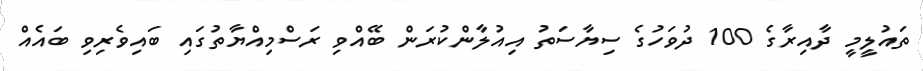
ތައުލީމީ ދާއިރާގެ 100 ދުވަހުގެ ސިޔާސަތު އިއުލާންކުރަން ބޭއްވި ރަސްމިއްޔާތުގައި ބައިވެރިވި ބައެއް